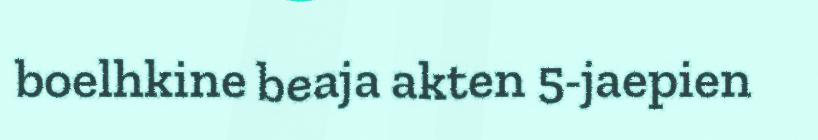
boelhkine beaja akten 5-jaepien